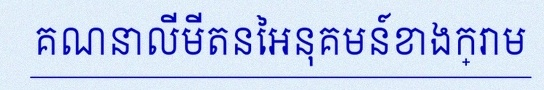
គណនាលីមីតនៃអនុគមន៍ខាងក្រោម